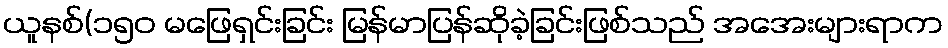
ယူနစ်(၁၅၀ မဖြေရှင်းခြင်း မြန်မာပြန်ဆိုခဲ့ခြင်းဖြစ်သည် အအေးများရာက